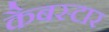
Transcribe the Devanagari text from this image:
कैबस्टार